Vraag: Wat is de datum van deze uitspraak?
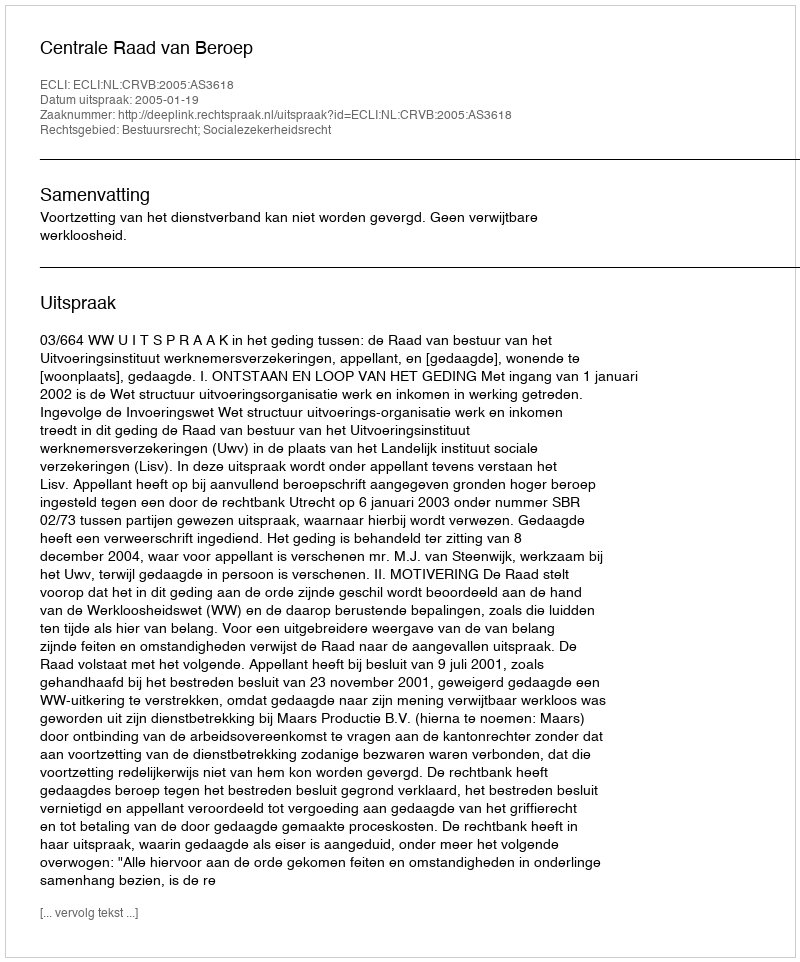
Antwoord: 2005-01-19